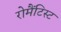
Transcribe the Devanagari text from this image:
रोमैंटिस्ट